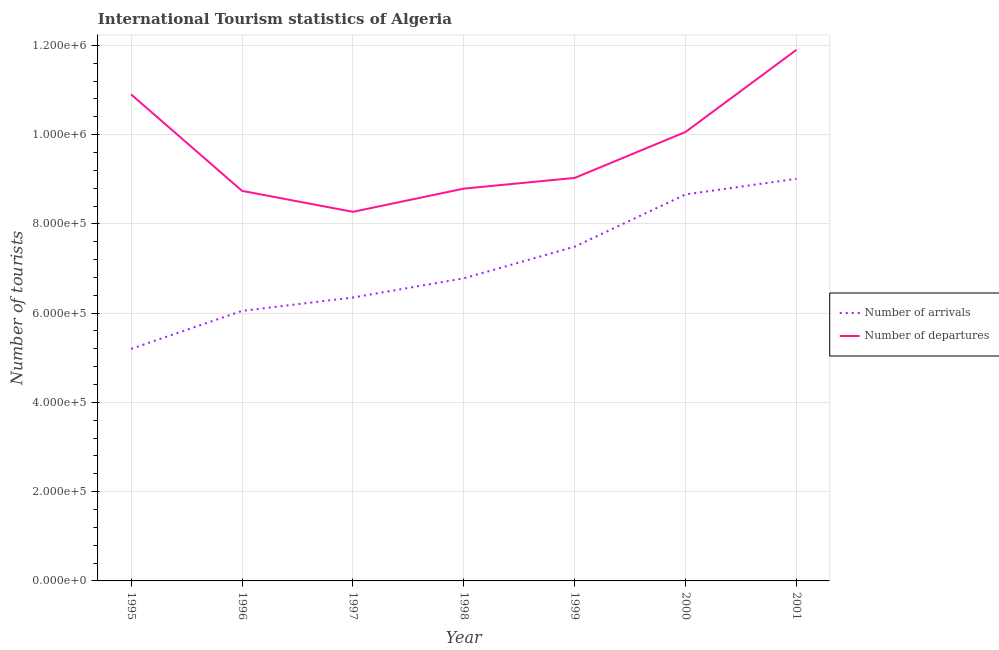
| Year | Number of arrivals | Number of departures |
 | --- | --- | --- |
 | 1995 | 5.2e+05 | 1.09e+06 |
 | 1996 | 6.05e+05 | 8.74e+05 |
 | 1997 | 6.35e+05 | 8.27e+05 |
 | 1998 | 6.78e+05 | 8.79e+05 |
 | 1999 | 7.49e+05 | 9.03e+05 |
 | 2000 | 8.66e+05 | 1.01e+06 |
 | 2001 | 9.01e+05 | 1.19e+06 |